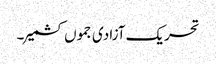
تحریک آزادی جموں کشمیر ۔